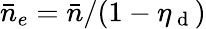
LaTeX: \bar{n}_{e}=\bar{n}/(1-\eta_{\mathrm{~d~}})